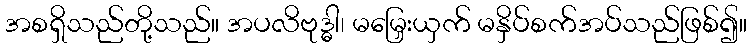
အစရှိသည်တို့သည်။ အပလိဗုဒ္ဓါ၊ မမြှေးယှက် မနှိပ်စက်အပ်သည်ဖြစ်၍။